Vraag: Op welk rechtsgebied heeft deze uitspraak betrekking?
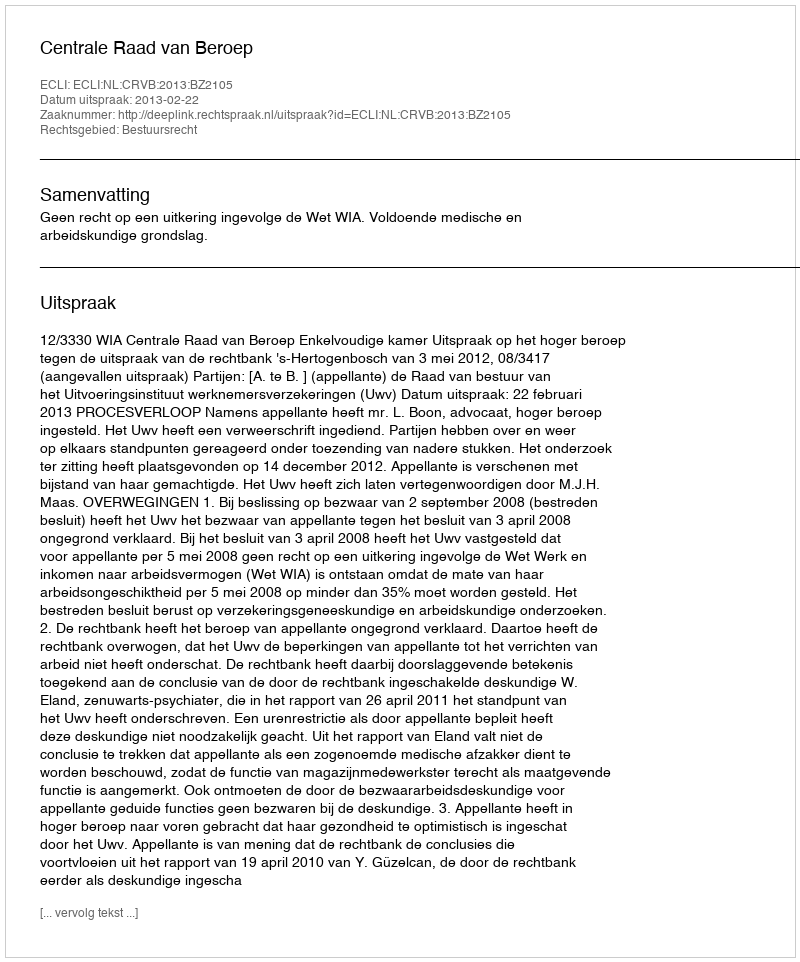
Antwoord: Bestuursrecht